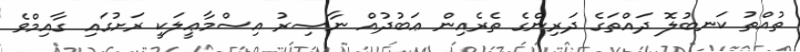
ތުއްތު ކަނބުލޮ ދައްތަގެ ދަރިންގެ ތެރެއިން ޢަބުދުއް ނާޞިރު އިސްމާޢީލަކީ ރަށުގައި ގާއިމްވެ